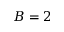
B = 2